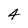
Character: 4